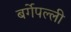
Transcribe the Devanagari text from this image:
बर्गेपल्ली